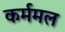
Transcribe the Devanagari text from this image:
कर्ममल